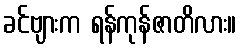
ခင်ဗျားက ရန်ကုန်ဇာတိလား။